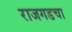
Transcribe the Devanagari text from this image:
राजगडचा